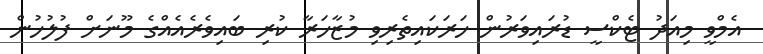
އެމްވީ މިއަދު ޓެކްސީ ޑުރައިވަރުން ހަރަކައިތެރިވި މުޒާހަރާ ކުރި ބައިވެރެެއެއްގެ މޫނަށް ފުލުހުން